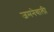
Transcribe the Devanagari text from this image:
जमनेवाली